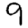
Digit: 9